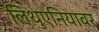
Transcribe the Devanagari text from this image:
लिथुएनियावर